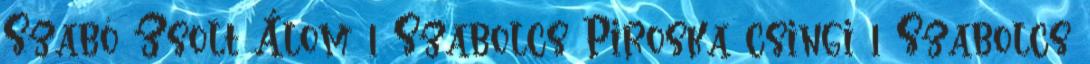
Szabó Zsolt Álom 1 Szabolcs Piroska csingi 1 Szabolcs